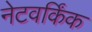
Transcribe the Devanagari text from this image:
नेटवर्किंक